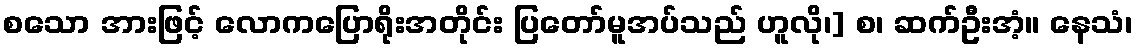
စသော အားဖြင့် လောကပြောရိုးအတိုင်း ပြတော်မူအပ်သည် ဟူလို၊] စ၊ ဆက်ဦးအံ့။ နေသံ၊